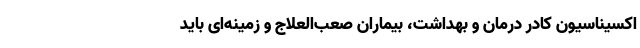
اکسیناسیون کادر درمان و بهداشت، بیماران صعب‌العلاج و زمینه‌ای باید